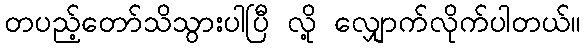
တပည့်တော်သိသွားပါပြီ လို့ လျှောက်လိုက်ပါတယ်။